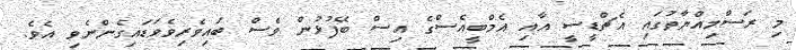
މި ރަސްމިއްޔާތުގައި އެޗްޑީސީ އާއި އެމްބީއެސްގެ އިސް ބޭފުޅުން ވެސް ބައިވެރިވެވަޑައިގެންނެވި އެވެ.